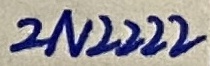
Text: 2N2222